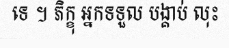
ទេ ។ ភិក្ខុ អ្នកទទួល បង្គាប់ លុះ